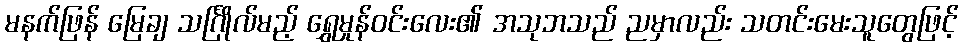
မနက်ဖြန် မြေချ သင်္ဂြိုလ်မည့် ရွှေမှုန်ဝင်းလေး၏ အသုဘသည် ညမှာလည်း သတင်းမေးသူတွေဖြင့်